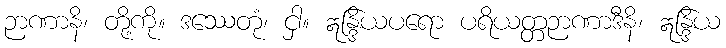
ဉာဏာနိ၊ တို့ကို။ ဒဿေတုံ၊ ငှါ။ ဣန္ဒြိယပရော ပရိယတ္တဉာဏာဒီနိ၊ ဣန္ဒြိယ